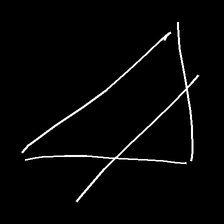
Glyph: empower